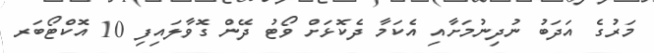
މަރުގެ އަދަބު ނުދިނުމަށާއި އެކަމާ ދެކޮޅަށް ވޯޓު ދޭން ގޮވާލައިފި 10 އޮކްޓޯބަރ